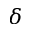
\delta